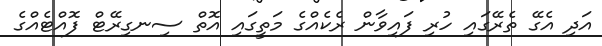
އަދި އެގޭ ތެރޭގައި ހުރި ފައިވާން ރެކެއްގެ މަތީގައި އޮތް ސިނގިރޭޓް ފޮއްޓެއްގެ